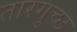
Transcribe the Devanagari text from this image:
तारगुच्छ